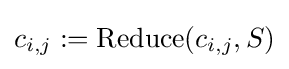
c_{i,j}:=\operatorname {Reduce} (c_{i,j},S)